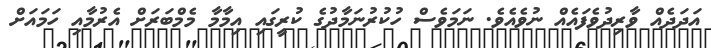
އަދަދެއް ވާރިދުވެފައެއް ނުވެއެވެ. ނަމަވެސް ހުކުރުނަމާދުގެ ކުރީގައި އިމާމާ މެމްބަރަށް އެރުމާއި ހަމައަށް